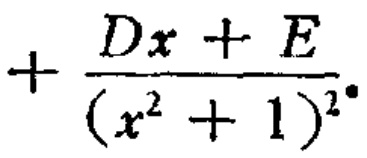
$+\frac{Dx + E}{(x^{2}+1)^{2}}$